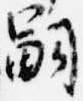
嗣